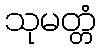
သုမတ္တံ